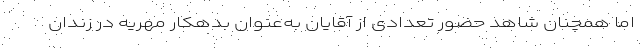
اما همچنان شاهد حضور تعدادی از آقایان به‌عنوان بدهکار مهریه در زندان